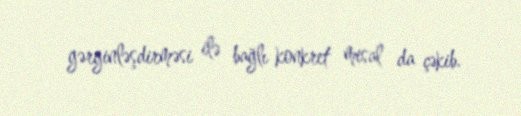
gərginləşdirməsi ilə bağlı konkret misal da çəkib.